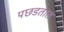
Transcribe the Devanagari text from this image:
पछडतात